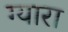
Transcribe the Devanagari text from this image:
ग्यारा